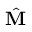
\hat { { \bf M } }